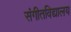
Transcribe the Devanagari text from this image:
संगीतविद्यालय